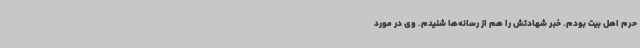
حرم اهل بیت بودم. خبر شهادتش را هم از رسانه‌ها شنیدم. وی در مورد